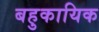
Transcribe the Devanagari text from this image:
बहुकायिक